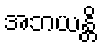
အဘယန္တိ